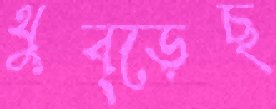
থুব্‌ড়েছ